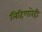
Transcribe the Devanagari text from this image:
लिहिणारेही